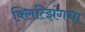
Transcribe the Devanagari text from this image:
क्लित्झिंगचा